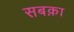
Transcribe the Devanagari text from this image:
सबक़ा